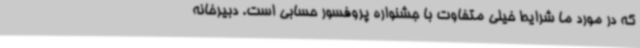
که در مورد ما شرایط خیلی متفاوت با جشنواره پروفسور حسابی است. دبیرخانه